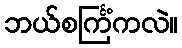
ဘယ်စင်္ကြံကလဲ။